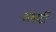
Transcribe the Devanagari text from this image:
अथार्टी